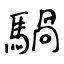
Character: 騧